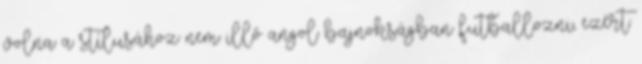
volna a stílusához nem illő angol bajnokságban futballozni, ezért